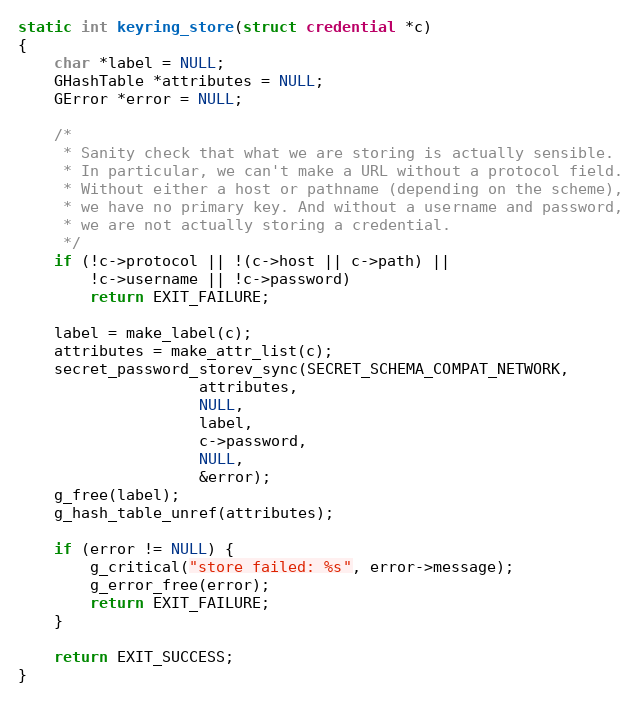
Language: C
static int keyring_store(struct credential *c)
{
	char *label = NULL;
	GHashTable *attributes = NULL;
	GError *error = NULL;

	/*
	 * Sanity check that what we are storing is actually sensible.
	 * In particular, we can't make a URL without a protocol field.
	 * Without either a host or pathname (depending on the scheme),
	 * we have no primary key. And without a username and password,
	 * we are not actually storing a credential.
	 */
	if (!c->protocol || !(c->host || c->path) ||
	    !c->username || !c->password)
		return EXIT_FAILURE;

	label = make_label(c);
	attributes = make_attr_list(c);
	secret_password_storev_sync(SECRET_SCHEMA_COMPAT_NETWORK,
				    attributes,
				    NULL,
				    label,
				    c->password,
				    NULL,
				    &error);
	g_free(label);
	g_hash_table_unref(attributes);

	if (error != NULL) {
		g_critical("store failed: %s", error->message);
		g_error_free(error);
		return EXIT_FAILURE;
	}

	return EXIT_SUCCESS;
}